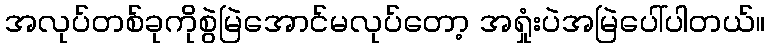
အလုပ်တစ်ခုကိုစွဲမြဲအောင်မလုပ်တော့ အရှုံးပဲအမြဲပေါ်ပါတယ်။